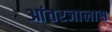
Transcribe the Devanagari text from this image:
आंतरजालास